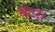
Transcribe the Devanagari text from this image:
बेटर।